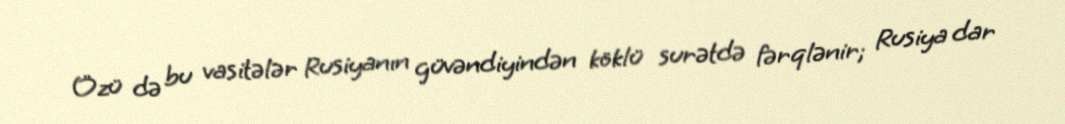
Özü də bu vasitələr Rusiyanın güvəndiyindən köklü surətdə fərqlənir; Rusiya dar